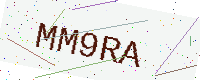
Text: MM9RA